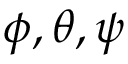
\phi , \theta , \psi